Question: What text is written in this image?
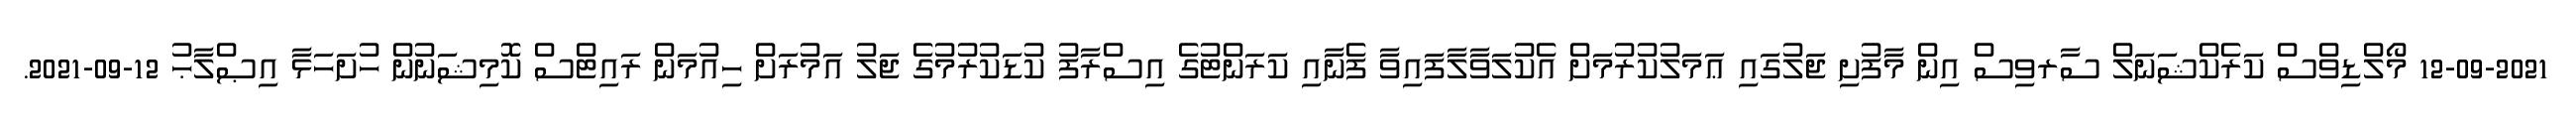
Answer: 12-09-2021 މޯލްޑިވްސް ކަރެކްޝަނަލް ސާރވިސް އިން މާފުށި ޖަލުގައި ޢަމަލުކުރުމަށް އެކުލަވާލާފައިވާ ފެނާއި ކަރަންޓުގެ އިސްރާފު ކުޑަކުރުމުގެ ޖަލު އަމުރަށް ހިއުމަން ރައިޓްސް ކޮމިޝަނުން ހުށަހަޅާ އިޞްލާޙު 12-09-2021.